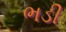
ભડી